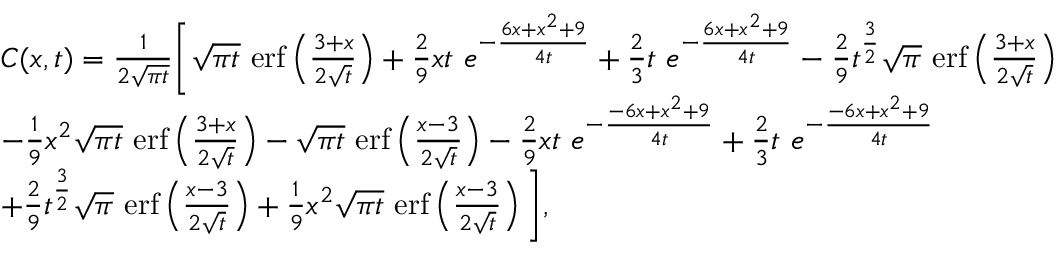
\begin{array} { r l } & { C ( x , t ) = \frac { 1 } { 2 \sqrt { \pi t } } \bigg [ \sqrt { \pi t } \ \mathrm { e r f } \left( \frac { 3 + x } { 2 \sqrt { t } } \right) + \frac { 2 } { 9 } x t \ e ^ { - \frac { 6 x + x ^ { 2 } + 9 } { 4 t } } + \frac { 2 } { 3 } t \ e ^ { - \frac { 6 x + x ^ { 2 } + 9 } { 4 t } } - \frac { 2 } { 9 } t ^ { \frac { 3 } { 2 } } \sqrt { \pi } \ \mathrm { e r f } \left( \frac { 3 + x } { 2 \sqrt { t } } \right) } \\ & { - \frac { 1 } { 9 } x ^ { 2 } \sqrt { \pi t } \ \mathrm { e r f } \left( \frac { 3 + x } { 2 \sqrt { t } } \right) - \sqrt { \pi t } \ \mathrm { e r f } \left( \frac { x - 3 } { 2 \sqrt { t } } \right) - \frac { 2 } { 9 } x t \ e ^ { - \frac { - 6 x + x ^ { 2 } + 9 } { 4 t } } + \frac { 2 } { 3 } t \ e ^ { - \frac { - 6 x + x ^ { 2 } + 9 } { 4 t } } } \\ & { + \frac { 2 } { 9 } t ^ { \frac { 3 } { 2 } } \sqrt { \pi } \ \mathrm { e r f } \left( \frac { x - 3 } { 2 \sqrt { t } } \right) + \frac { 1 } { 9 } x ^ { 2 } \sqrt { \pi t } \ \mathrm { e r f } \left( \frac { x - 3 } { 2 \sqrt { t } } \right) \bigg ] , } \end{array}